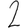
Digit: 2